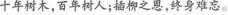
十年树木，百年树人；插柳之恩，终身难忘。